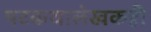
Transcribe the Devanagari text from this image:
पटकथालेखकही